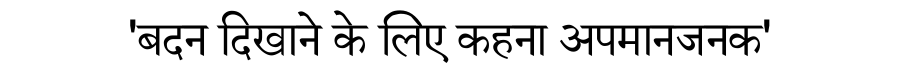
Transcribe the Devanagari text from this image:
'बदन दिखाने के लिए कहना अपमानजनक'